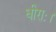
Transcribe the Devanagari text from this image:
धीराः।